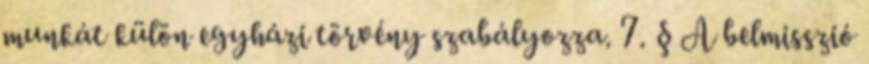
munkát külön egyházi törvény szabályozza. 7. § A belmisszió